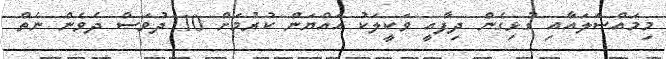
މިމައްސަލައާއި ގުޅިގެން ދިފާއީ ވަކީލަކު އައްޔަން ކުރުމަށް 10 ދުވަސް ދެވެން ނެތް